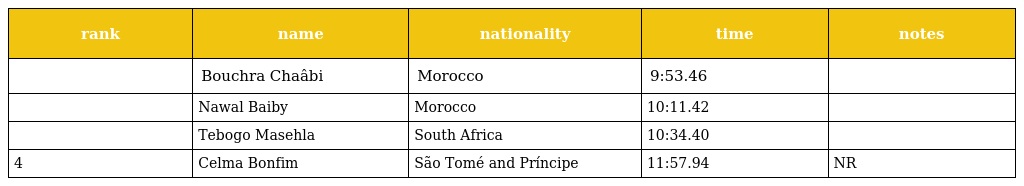
| rank | name | nationality | time | notes |
 | --- | --- | --- | --- | --- |
 |  | Bouchra Chaâbi | Morocco | 9:53.46 |  |
 |  | Nawal Baiby | Morocco | 10:11.42 |  |
 |  | Tebogo Masehla | South Africa | 10:34.40 |  |
 | 4 | Celma Bonfim | São Tomé and Príncipe | 11:57.94 | NR |